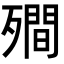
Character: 𭮣